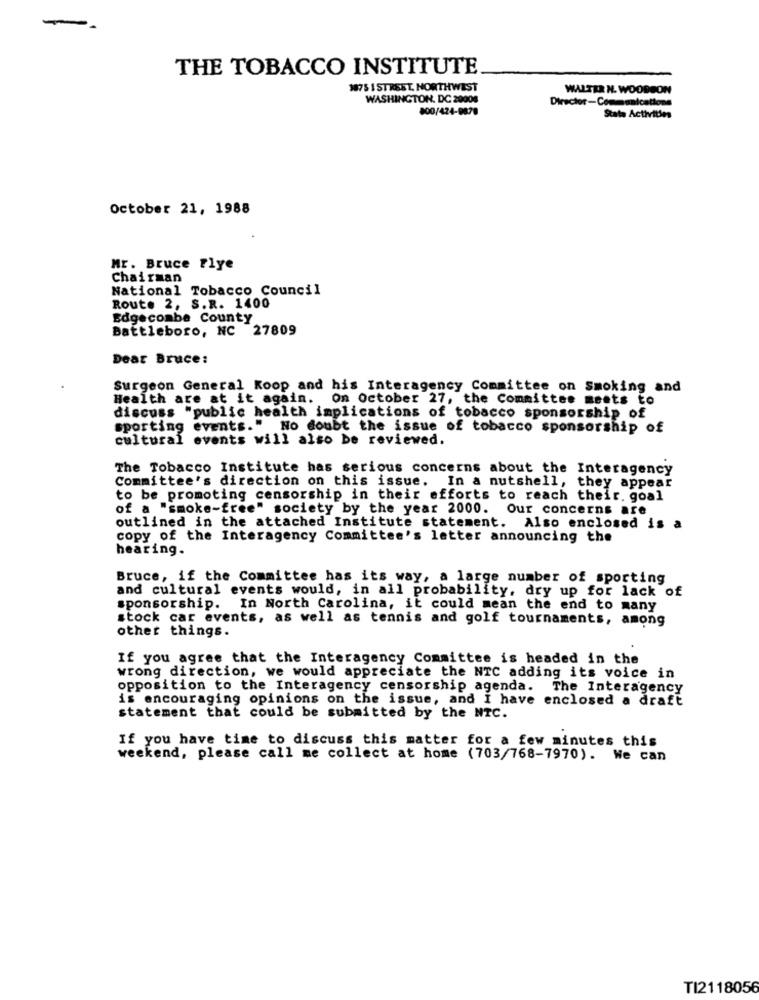
THE TOBACCO INSTITUTE
1875 1 STREET, NORTHWEST
WALTER N. WOODSON
WASHINGTON, DC 20008
800/424-9878
Stata Activities
October 21, 1988
Mr. Bruce Flye
Chairman
National Tobacco Council
Route 2, S.R. 1400
Edgecombe County
Battleboro, NC 27809
Dear Bruce:
Surgeon General Koop and his Interagency Committee on Smoking and
Health are at it again. On October 27, the Committee meets to
discuss "public health implications of tobacco sponsorship of
sporting events." No doubt the issue of tobacco sponsorship of
cultural events will also be reviewed.
The Tobacco Institute has serious concerns about the Interagency
Committee's direction on this issue. In a nutshell, they appear
to be promoting censorship in their efforts to reach their. goal
of a "smoke-free" society by the year 2000. Our concerns are
outlined in the attached Institute statement. Also enclosed is a
copy of the Interagency Committee's letter announcing the
hearing.
Bruce, if the Committee has its way, a large number of sporting
and cultural events would, in all probability, dry up for lack of
sponsorship. In North Carolina, it could mean the end to many
stock car events, as well as tennis and golf tournaments, among
other things.
If you agree that the Interagency Committee is headed in the
wrong direction, we would appreciate the NTC adding its voice in
opposition to the Interagency censorship agenda. The Interagency
is encouraging opinions on the issue, and I have enclosed a draft
statement that could be submitted by the NTC.
If you have time to discuss this matter for a few minutes this
weekend, please call me collect at home (703/768-7970). We can
TI2118056